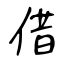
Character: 借